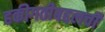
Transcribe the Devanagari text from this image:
हकीगतीबद्दलची